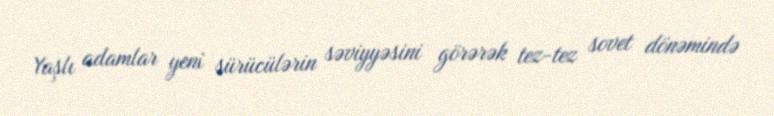
Yaşlı adamlar yeni sürücülərin səviyyəsini görərək tez-tez sovet dönəmində